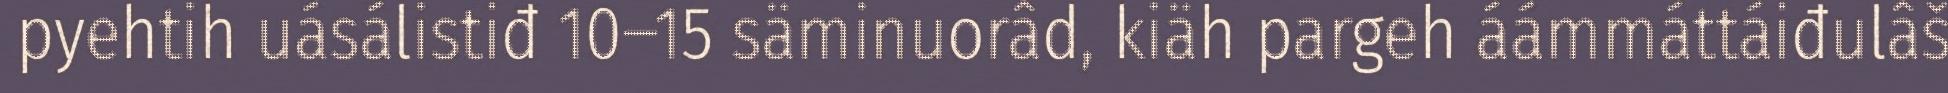
pyehtih uásálistiđ 10‒15 säminuorâd, kiäh pargeh áámmáttáiđulâš